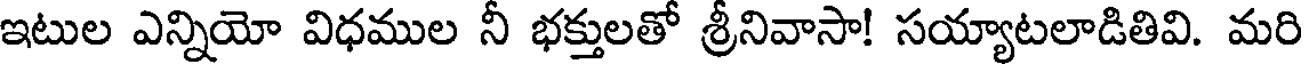
ఇటుల ఎన్నియో విధముల నీ భక్తులతో శ్రీనివాసా! సయ్యాటలాడితివి. మరి